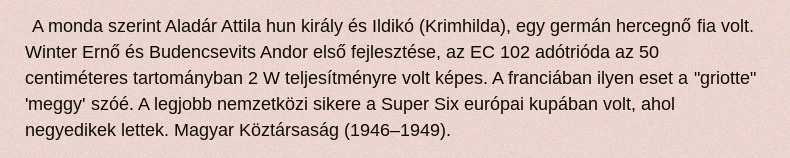
A monda szerint Aladár Attila hun király és Ildikó (Krimhilda), egy germán hercegnő fia volt. Winter Ernő és Budencsevits Andor első fejlesztése, az EC 102 adótrióda az 50 centiméteres tartományban 2 W teljesítményre volt képes. A franciában ilyen eset a "griotte" 'meggy' szóé. A legjobb nemzetközi sikere a Super Six európai kupában volt, ahol negyedikek lettek. Magyar Köztársaság (1946–1949).